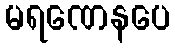
မရဏေနပေ